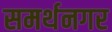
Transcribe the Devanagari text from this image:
समर्थनगर